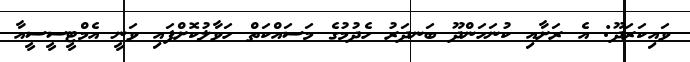
ވައިކަރަދޫ: އެ ރަށާއި ކުނަހަންދޫ ބަނދަރު ހެދުމުގެ މަސައްކަތް ހަވާލުކޮށްފައި ވަނީ އެމްޓީސީސީއާ